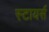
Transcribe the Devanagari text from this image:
स्टायर्स